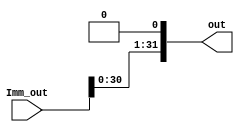

//---------------------------------------------------------//
module shift_left (input signed [31:0] Imm_out, output signed [31:0] out);
//---------------------------------------------------------//


	assign out = Imm_out << 1;


endmodule